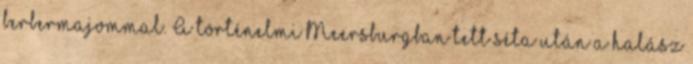
berbermajommal. A történelmi Meersburgban tett séta után a halász